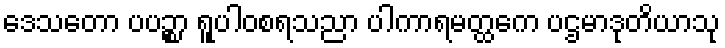
ဒေသတော ပပဉ္စာ ရူပါဝစရသညာ ပါကာရမတ္ထကေ ပဌမာဒုတိယာသု